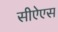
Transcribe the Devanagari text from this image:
सीऐएस